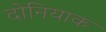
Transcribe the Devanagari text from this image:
दोनियाक